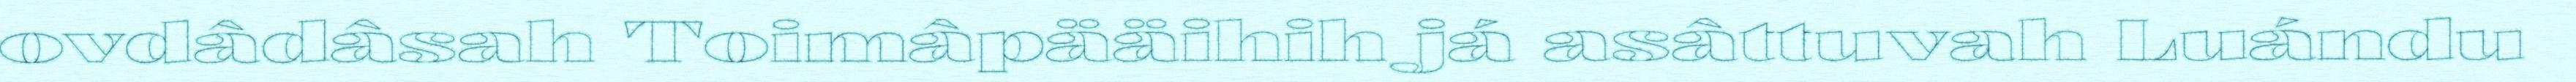
ovdâdâsah Toimâpääihih já asâttuvah Luándu